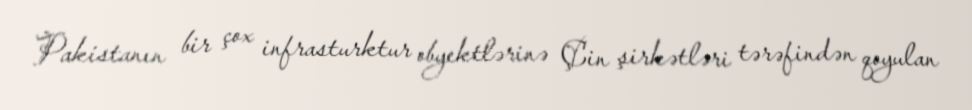
Pakistanın bir çox infrasturktur obyektlərinə Çin şirkətləri tərəfindən qoyulan